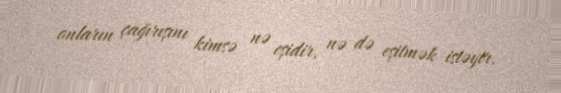
onların çağırışını kimsə nə eşidir, nə də eşitmək istəyir.